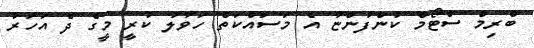
ބްރިމް ސްޓޯމް ކުންފުންޏާ އެ މަސައްކަތް ހަވާލު ކުރީ މީގެ ދެ އަހަރު